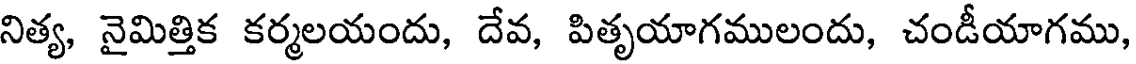
నిత్య, నైమిత్తిక కర్మలయందు, దేవ, పితృయాగములందు, చండీయాగము,